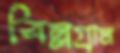
বিল্লগ্রাম